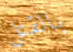
بالقتل